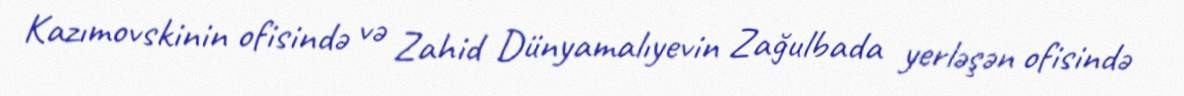
Kazımovskinin ofisində və Zahid Dünyamalıyevin Zağulbada yerləşən ofisində